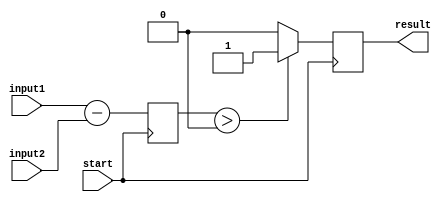
module GreaterThanComparator (
    input wire [31:0] input1,
    input wire [31:0] input2,
    input wire start,
    output reg result
);

reg [31:0] diff;

always @ (posedge start) begin
    diff <= input1 - input2;
    if(diff > 0)
        result <= 1;
    else
        result <= 0;
end

endmodule